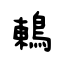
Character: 鶇